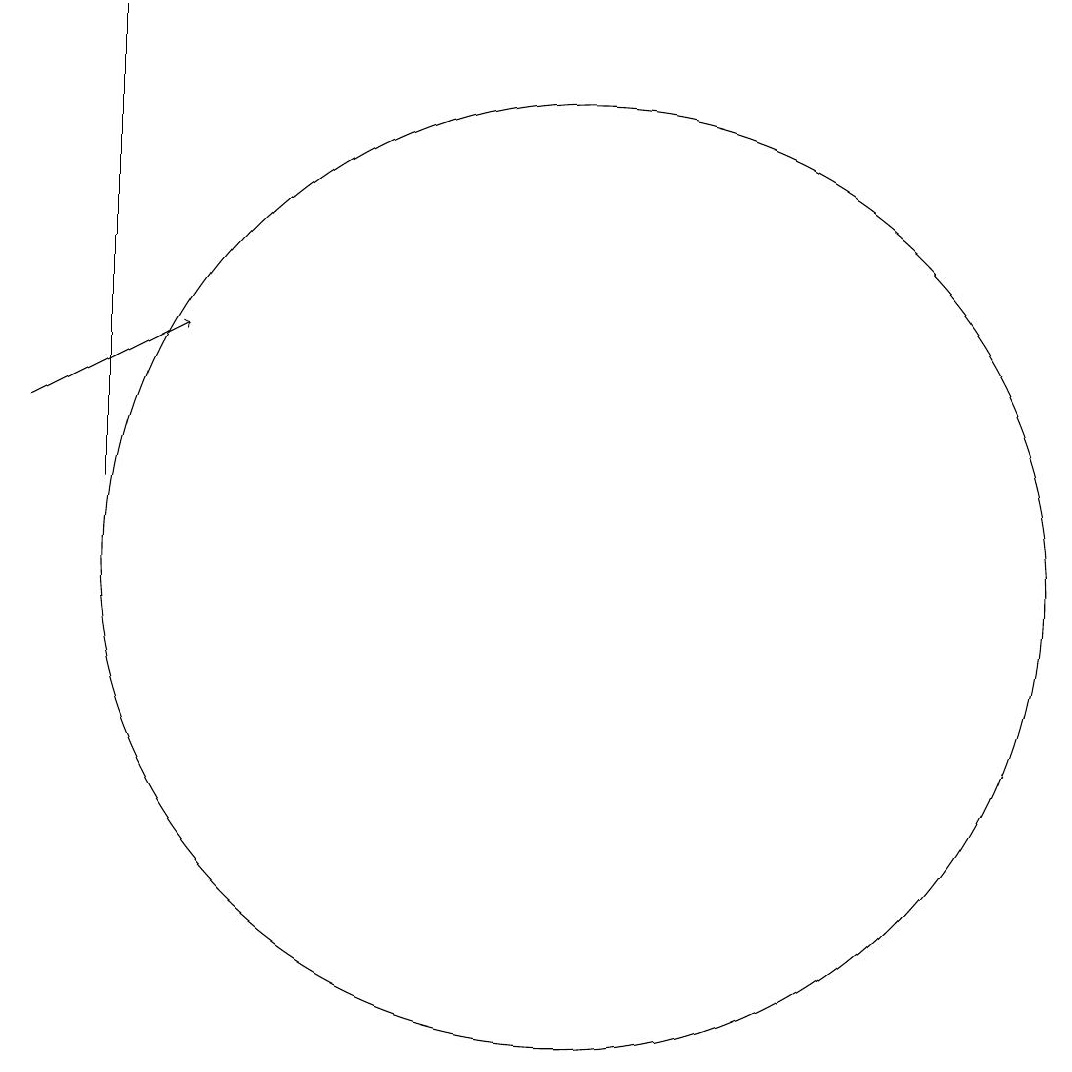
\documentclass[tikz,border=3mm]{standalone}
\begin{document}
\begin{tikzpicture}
\draw (4,11) rectangle (4,17);
\draw[->] (3,12) -- (5,13);
\draw (10,10) circle (6);
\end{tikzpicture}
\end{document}